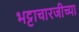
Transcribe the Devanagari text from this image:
भट्टाचारजीच्या